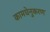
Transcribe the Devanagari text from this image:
कामधेनुकरण